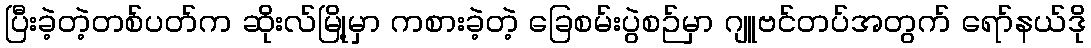
ပြီးခဲ့တဲ့တစ်ပတ်က ဆိုးလ်မြို့မှာ ကစားခဲ့တဲ့ ခြေစမ်းပွဲစဉ်မှာ ဂျူဗင်တပ်အတွက် ရော်နယ်ဒို